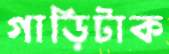
গাড়িটাক